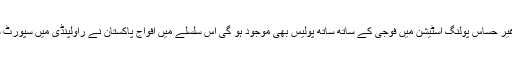
ڈی جی آئی ایس پی آر نے کہا کہ حساس پولنگ اسٹیشن میں 2 فوجی اندر اور 2 باہر ہوں گے جبکہ غیر حساس پولنگ اسٹیشن میں فوجی کے ساتھ ساتھ پولیس بھی موجود ہو گی اس سلسلے میں افواج پاکستان نے راولپنڈی میں سپورٹ سینٹر قائم کیا ہے، جو پورے پاکستان میں الیکشن کے انعقاد کیلئے الیکشن کمیشن سے رابطہ کرےگا۔